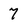
Character: 7